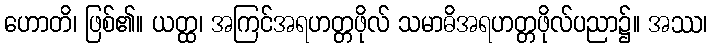
ဟောတိ၊ ဖြစ်၏။ ယတ္ထ၊ အကြင်အရဟတ္တဖိုလ် သမာဓိအရဟတ္တဖိုလ်ပညာ၌။ အဿ၊